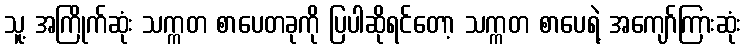
သူ့ အကြိုက်ဆုံး သက္ကတ စာပေတခုကို ပြပါဆိုရင်တော့ သက္ကတ စာပေရဲ့ အကျော်ကြားဆုံး